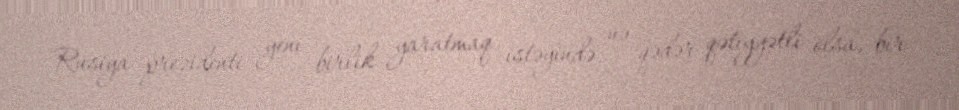
Rusiya prezidenti yeni birlik yaratmaq istəyində nə qədər qətiyyətli olsa, bir